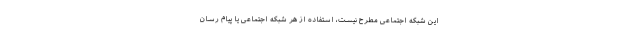
این شبکه اجتماعی مطرح نیست، استفاده از هر شبکه اجتماعی یا پیام رسان